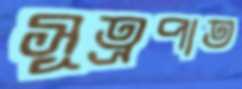
সূত্রপাত